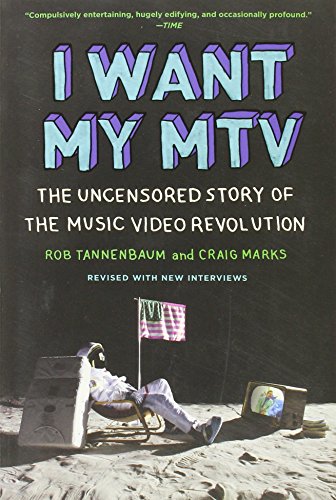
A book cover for I Want My MTV: The Uncensored Story of the Music Video Revolution; Rob Tannenbaum; Humor & Entertainment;